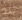
بند